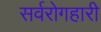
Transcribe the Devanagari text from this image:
सर्वरोगहारी